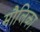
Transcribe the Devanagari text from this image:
मौलिका